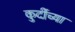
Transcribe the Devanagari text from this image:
कुर्दीच्या